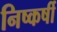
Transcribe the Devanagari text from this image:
निष्कर्षी